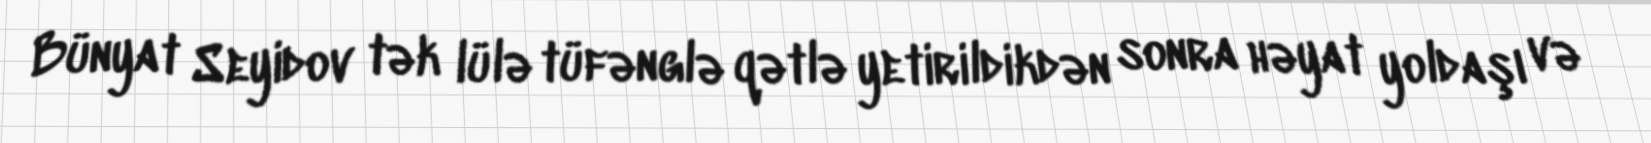
Bünyat Seyidov tək lülə tüfənglə qətlə yetirildikdən sonra həyat yoldaşı və